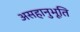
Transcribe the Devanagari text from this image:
असहानुभूति